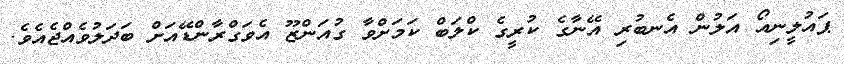
ޕައުލީނިއޯ އަލުން އެނބުރި އޭނާގެ ކުރީގެ ކްލަބް ކަމަށްވާ ގުއަންޒޫ އެވަގްރާންޑޭއަށް ބަދަލުވެއްޖެއެވެ.